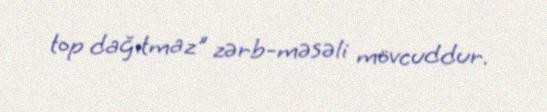
top dağıtmaz" zərb-məsəli mövcuddur.